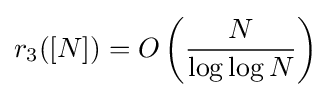
r_{3}([N])=O\left({\frac {N}{\log \log N}}\right)